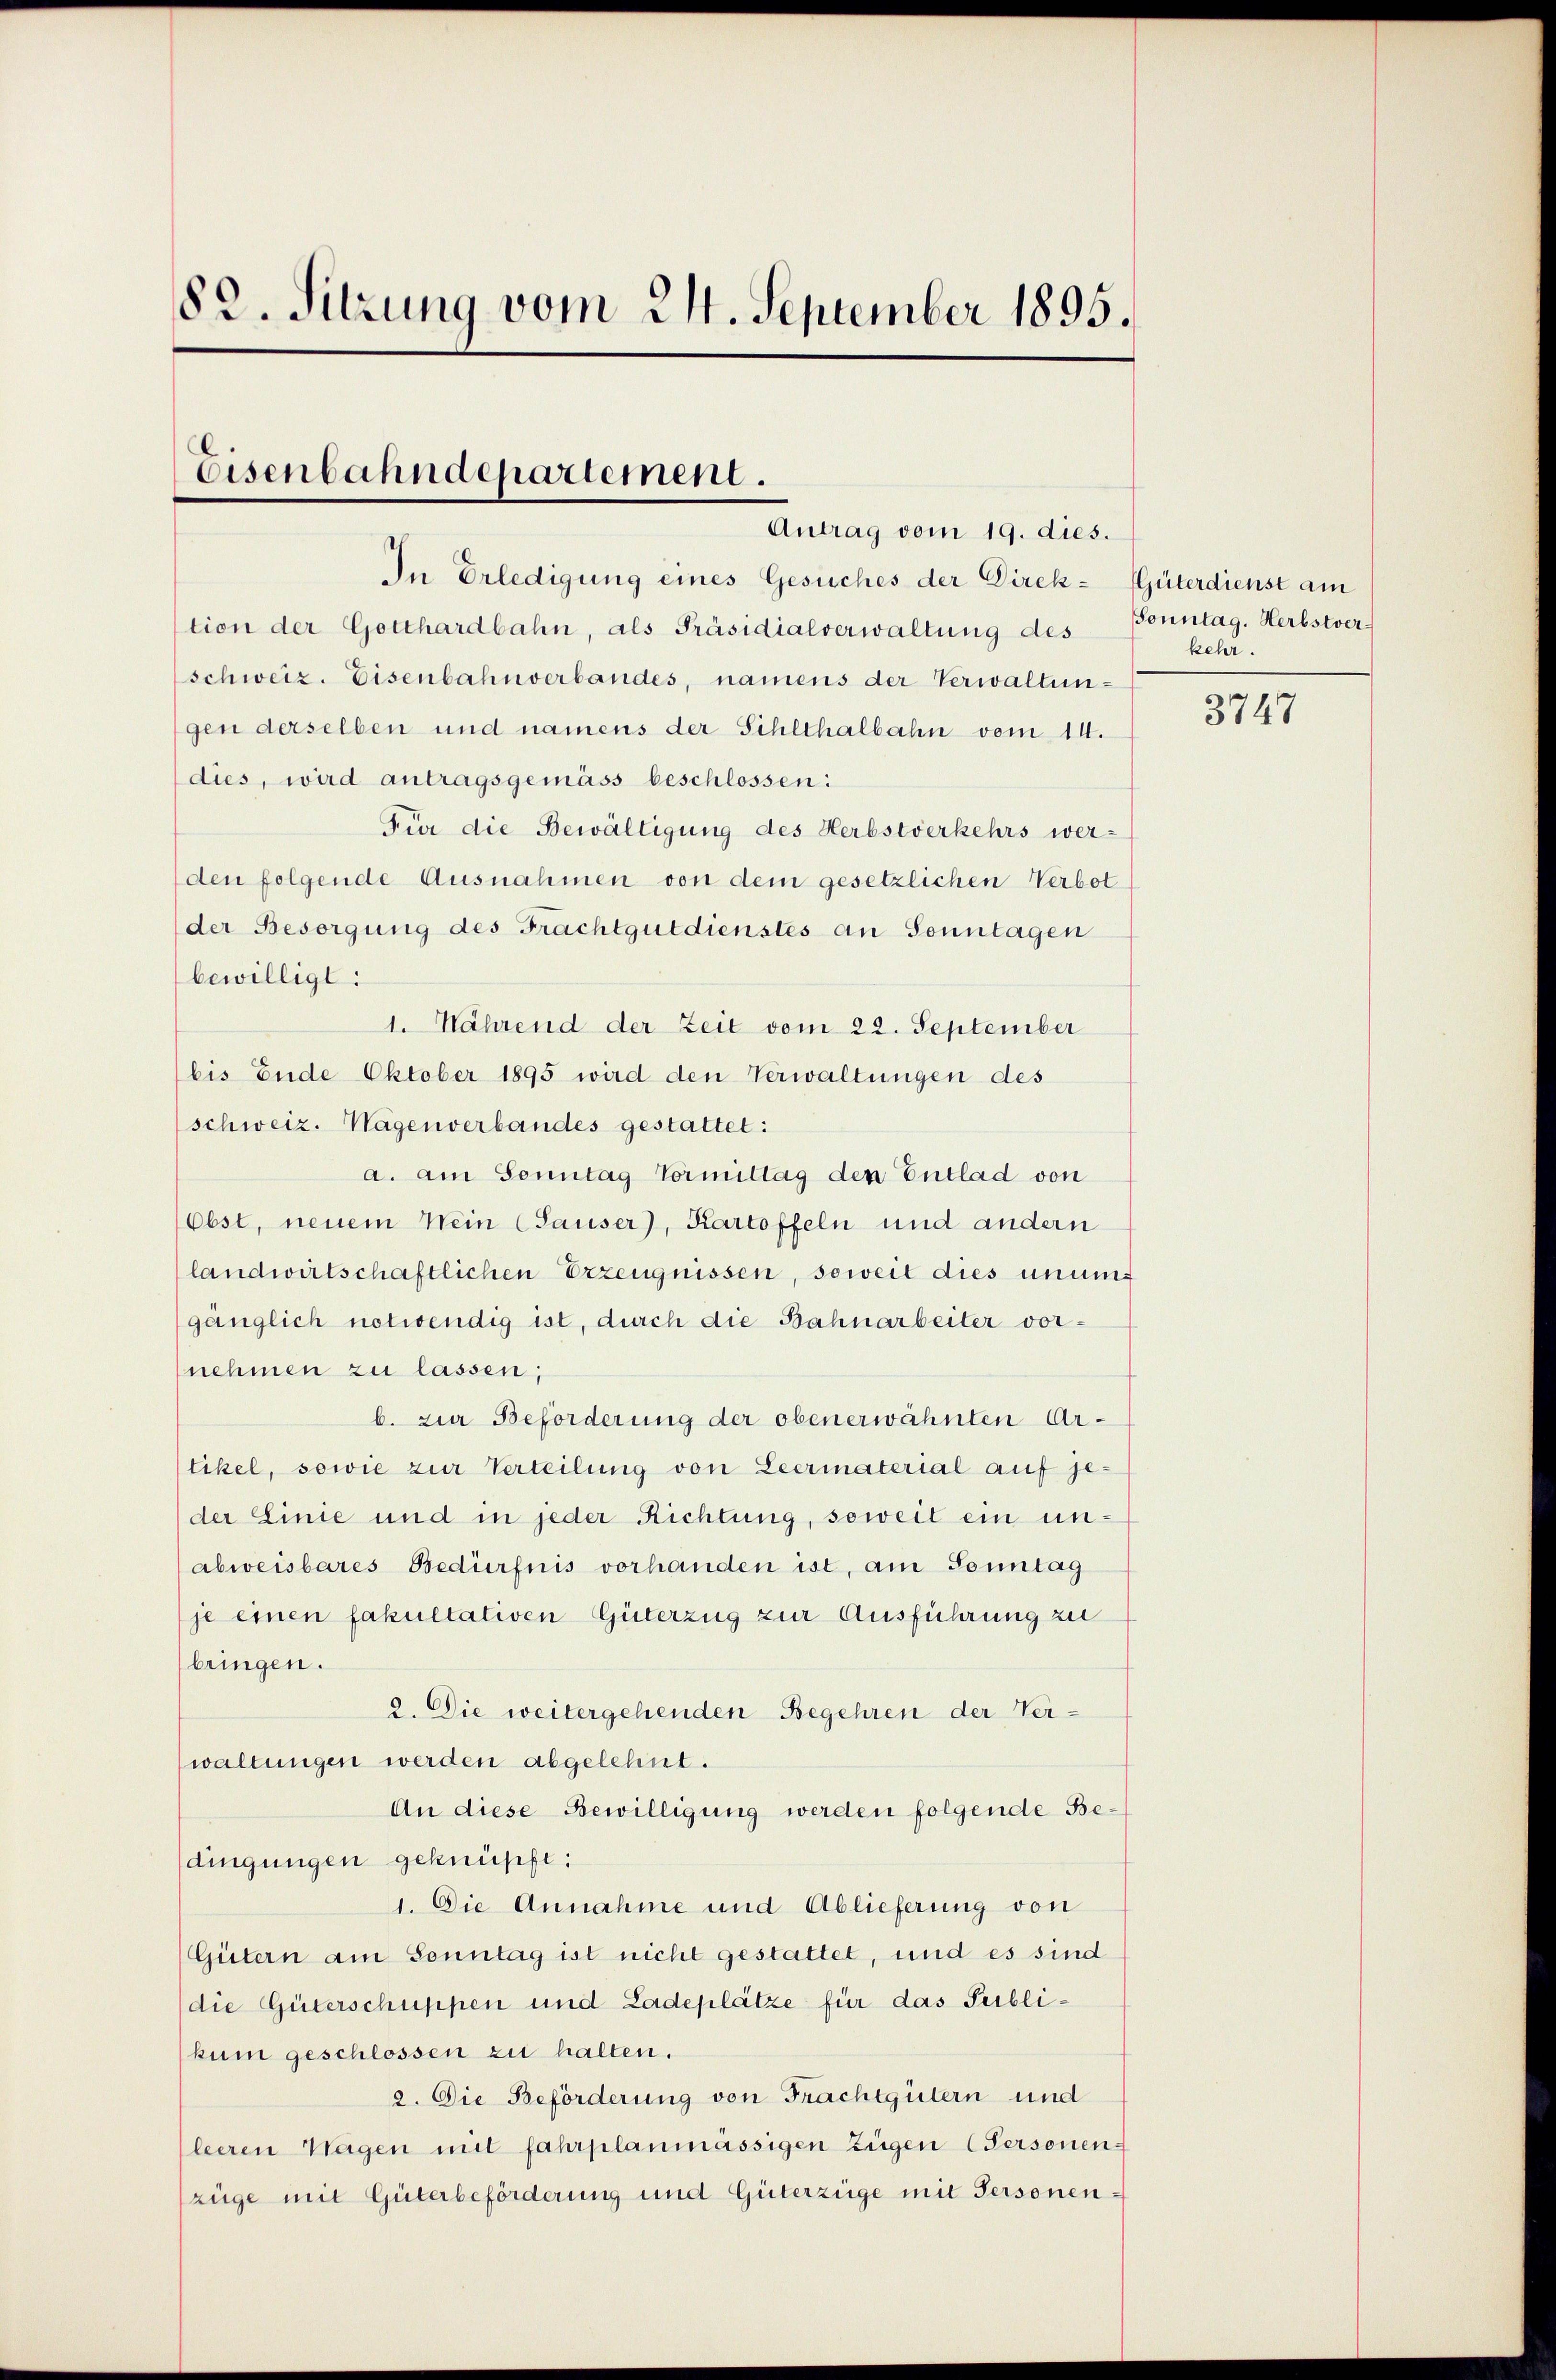
82. Sitzung vom 21. September 1895.

Eisenbahndepariement.
Antrag vom 19. dies.

In Erledigung eines Gesuches der Direk- (Güterdienst am
tion der Gotthardbahn, als Präsidialverwaltung des
schweiz. Eisenbahnverbandes, namens der Verwaltungen derselben und namens der Sihlthalbahn vom 14.
dies, wird antragsgemäss beschlossen:
Für die Bewältigung des Herbstverkehrs werden folgende Ausnahmen von dem gesetzlichen Verbot
der Besorgung des Frachtgutdienstes an Sonntagen
bewilligt:
1. Nährend der Zeit vom 22. September
bis Ende Oktober 1895 wird den Verwaltungen des
schweiz. Wagenverbandes gestattet:
a. am Sonntag Vormittag den Entlad von
Obst, neuem Nein (Sauser), Kartoffeln und andern
landwirtschaftlichen Erzeugnissen, soweit dies unum
gänglich notwendig ist, durch die Bahnarbeiter vornehmen zu lassen;
b. zur Beförderung der oben erwähnten Artikel, sowie zur Verteilung von Leermaterial auf je-
der Linie und in jeder Richtung, soweit ein unabweisbares Bedürfnis vorhanden ist, am Sonntag
je einen fakultativen Güterzug zur Ausführung zu
bringen.
2. Die weitergehenden Begehren der Verwaltungen werden abgelehnt.
An diese Bewilligung werden folgende Bedingungen geknüpft:
1. Die Annahme und Ablieferung von
Gütern am Sonntag ist nicht gestattet, und es sind
die Güterschuppen und Ladeplätze für das Publikum geschlossen zu halten.
2. Die Beförderung von Frachtgütern und
leeren Wagen mit fahrplanmässigen Zügen (Personen-
züge mit Güterbeförderung und Güterzüge mit Personen-

Sonntag. Herbstverkehr.

3747